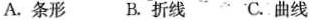
A.条形 B.折线 C.曲线